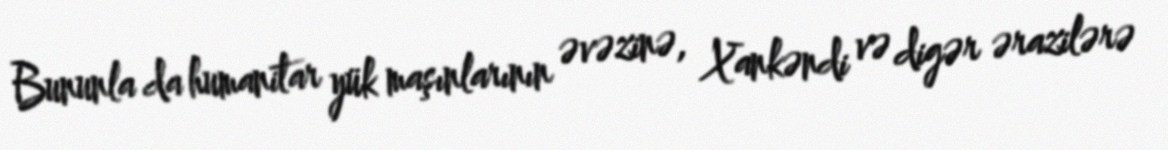
Bununla da humanitar yük maşınlarının əvəzinə, Xankəndi və digər ərazilərə